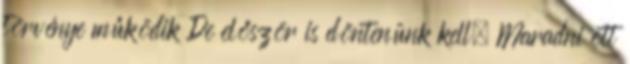
törvénye működik De először is döntenünk kell. Maradni ott